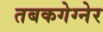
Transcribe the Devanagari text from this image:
तबकगेग्नेर